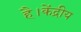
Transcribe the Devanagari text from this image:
है।केंद्रीय